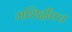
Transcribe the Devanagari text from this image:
मशिदींतच